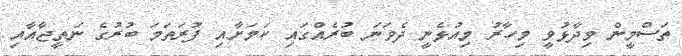
ތަސްމީން ވިދާޅުވީ މިހާރު މިއުޅެނީ ދެވަނަ ބުރެއްގައި ކަމަށާއި ފުރަތަމަ ބުރުގެ ނަތީޖާއާއި